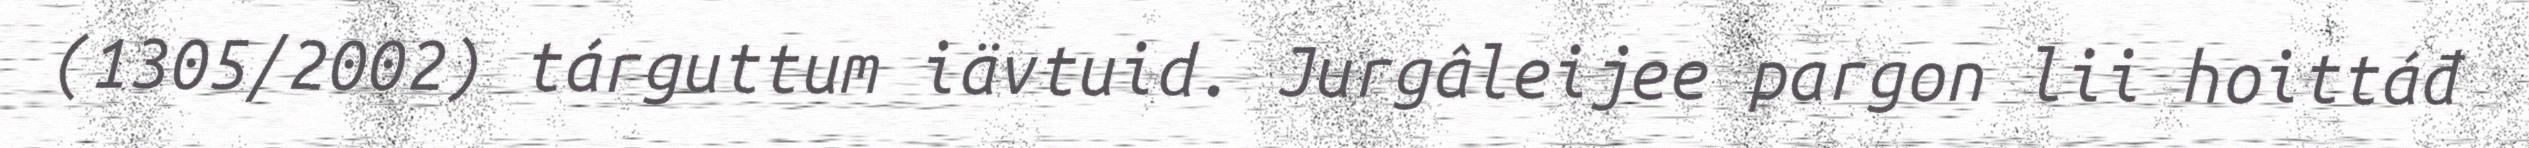
(1305/2002) tárguttum iävtuid. Jurgâleijee pargon lii hoittáđ